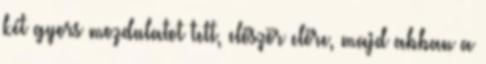
két gyors mozdulatot tett, először előre, majd abban a